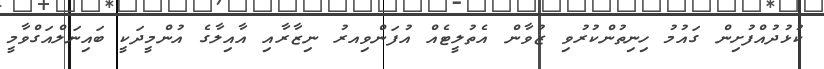
ކުޅުދުއްފުށިން ގައުމު ހިނިތުންކުރުވި ޒުވާން އެތުލީޓެއް އުފަންވިިއރު ނިޒާރާއި އާއިލާގެ އުންމީދަކީ ބައިނަލްއަގްވާމީ